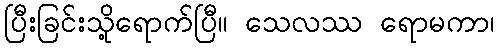
ပြီးခြင်းသို့ရောက်ပြီ။ သေလဿ ရောမကာ၊